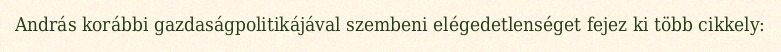
András korábbi gazdaságpolitikájával szembeni elégedetlenséget fejez ki több cikkely: